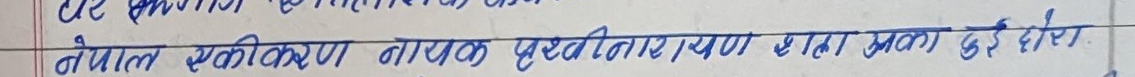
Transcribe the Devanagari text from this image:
नेपाल एकीकरण नायक पृथ्वीनारायण शाहका दुई छोरा